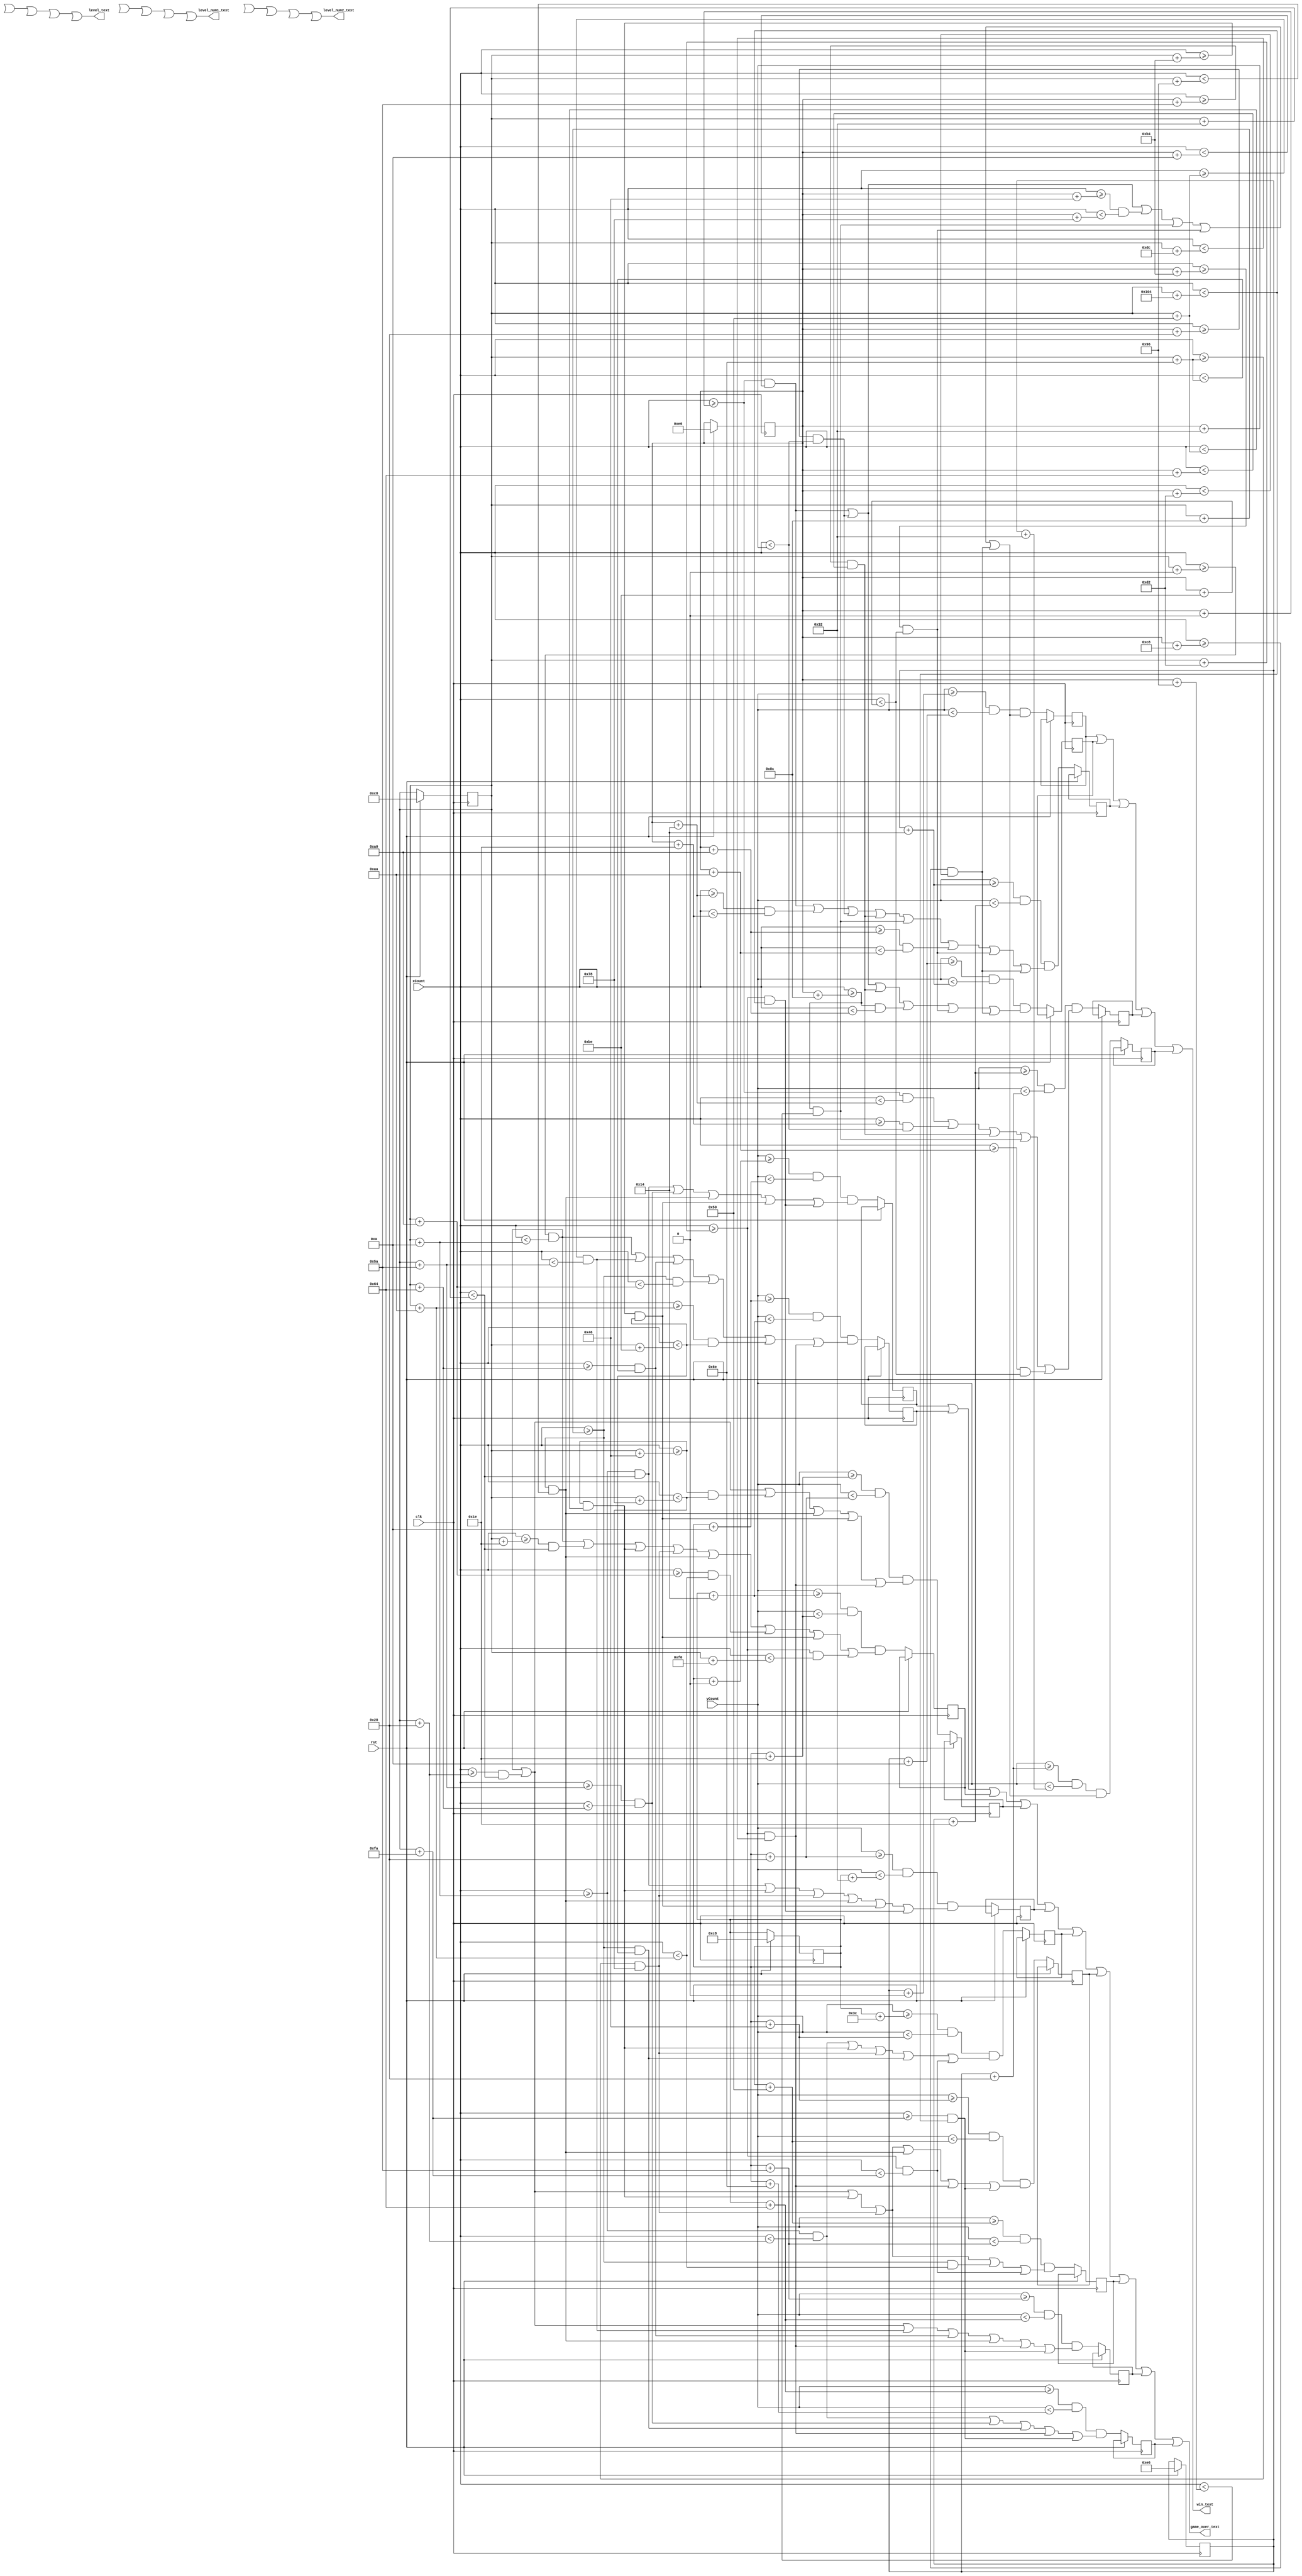
module text(clk,rst,xCount,yCount,game_over_text,                 win_text,level_text,level_num1_text,level_num2_text);
input clk,rst;
input [9:0]xCount;
input [9:0] yCount;

output game_over_text;
output win_text;
output level_text;
output level_num1_text;
output level_num2_text;


////game over text////
//wire game_over_text;
assign game_over_text = (go1 || go2 || go3 || go4 || go5 || go6 || go7 || go8 || go9 || go10);
reg [9:0] game_overX[0:25];
reg [8:0] game_overY[0:25];

//the words "GAME OVER" are displayed with "GAME" above "OVER" and are written with 5 blocks of 10 horizontal pixels (letters are 50 pixels tall) with a 10 pixel gap between the words

//"GAME"
reg go1, go2, go3, go4, go5;

//10 pixel gap

//"OVER"
reg go6, go7, go8, go9, go10;

always@(posedge clk) 
	begin	
			if (rst == 1'b1)
				begin
					game_overX[0] = 10'd200;
					game_overY[0] = 9'd200;
					
				end
			else
				begin
					//"GAME"
					go1 =  ((yCount >= (game_overY[0] + 9'd0))  &&(yCount < (game_overY[0] + 9'd10)))  &&  ( ( (xCount >= (game_overX[0] + 10'd10)) && (xCount < (game_overX[0] + 10'd50)) ) || ( (xCount >= (game_overX[0] + 10'd90)) && (xCount < (game_overX[0] + 10'd100)) ) || ( (xCount >= (game_overX[0] + 10'd140)) && (xCount < (game_overX[0] + 10'd150)) ) || ( (xCount >= (game_overX[0] + 10'd180)) && (xCount < (game_overX[0] + 10'd190)) ) || ( (xCount >= (game_overX[0] + 10'd210)) && (xCount < (game_overX[0] + 10'd260)) )  );
					go2 = ((yCount >= (game_overY[0] + 9'd10)) && (yCount < (game_overY[0] + 9'd20)))  &&  ( ( (xCount >= (game_overX[0] + 10'd0)) && (xCount < (game_overX[0] + 10'd10)) ) || ( (xCount >= (game_overX[0] + 10'd80)) && (xCount < (game_overX[0] + 10'd90)) ) || ( (xCount >= (game_overX[0] + 10'd100)) && (xCount < (game_overX[0] + 10'd110)) ) || ( (xCount >= (game_overX[0] + 10'd140)) && (xCount < (game_overX[0] + 10'd160)) ) || ( (xCount >= (game_overX[0] + 10'd170)) && (xCount < (game_overX[0] + 10'd190)) ) || ( (xCount >= (game_overX[0] + 10'd210)) && (xCount < (game_overX[0] + 10'd220)) ) );
					go3 = ((yCount >= (game_overY[0] + 9'd20)) && (yCount < (game_overY[0] + 9'd30)))  &&  ( ( (xCount >= (game_overX[0] + 10'd0)) && (xCount < (game_overX[0] + 10'd10)) ) || ( (xCount >= (game_overX[0] + 10'd30)) && (xCount < (game_overX[0] + 10'd50)) ) || ( (xCount >= (game_overX[0] + 10'd70)) && (xCount < (game_overX[0] + 10'd80)) ) || ( (xCount >= (game_overX[0] + 10'd110)) && (xCount < (game_overX[0] + 10'd120)) ) || ( (xCount >= (game_overX[0] + 10'd140)) && (xCount < (game_overX[0] + 10'd150)) ) || ( (xCount >= (game_overX[0] + 10'd160)) && (xCount < (game_overX[0] + 10'd170)) ) || ( (xCount >= (game_overX[0] + 10'd180)) && (xCount < (game_overX[0] + 10'd190)) ) || ( (xCount >= (game_overX[0] + 10'd210)) && (xCount < (game_overX[0] + 10'd240)) ) );
					go4 = ((yCount >= (game_overY[0] + 9'd30)) && (yCount < (game_overY[0] + 9'd40)))  &&  ( ( (xCount >= (game_overX[0] + 10'd0)) && (xCount < (game_overX[0] + 10'd10)) ) || ( (xCount >= (game_overX[0] + 10'd40)) && (xCount < (game_overX[0] + 10'd50)) ) || ( (xCount >= (game_overX[0] + 10'd70)) && (xCount < (game_overX[0] + 10'd120)) ) || ( (xCount >= (game_overX[0] + 10'd140)) && (xCount < (game_overX[0] + 10'd150)) ) || ( (xCount >= (game_overX[0] + 10'd180)) && (xCount < (game_overX[0] + 10'd190)) ) || ( (xCount >= (game_overX[0] + 10'd210)) && (xCount < (game_overX[0] + 10'd220)) ) );
					go5 = ((yCount >= (game_overY[0] + 9'd40)) && (yCount < (game_overY[0] + 9'd50)))  &&  ( ( (xCount >= (game_overX[0] + 10'd10)) && (xCount < (game_overX[0] + 10'd50)) ) || ( (xCount >= (game_overX[0] + 10'd70)) && (xCount < (game_overX[0] + 10'd80)) ) || ( (xCount >= (game_overX[0] + 10'd110)) && (xCount < (game_overX[0] + 10'd120)) ) || ( (xCount >= (game_overX[0] + 10'd140)) && (xCount < (game_overX[0] + 10'd150)) ) || ( (xCount >= (game_overX[0] + 10'd180)) && (xCount < (game_overX[0] + 10'd190)) ) || ( (xCount >= (game_overX[0] + 10'd210)) && (xCount < (game_overX[0] + 10'd260)) ) );
					//gap
					//"OVER"
					go6 =  ((yCount >= (game_overY[0] + 9'd60))  && (yCount < (game_overY[0] + 9'd70)))  &&  ( ( (xCount >= (game_overX[0] + 10'd10)) && (xCount < (game_overX[0] + 10'd40)) ) || ( (xCount >= (game_overX[0] + 10'd70)) && (xCount < (game_overX[0] + 10'd80)) ) || ( (xCount >= (game_overX[0] + 10'd110)) && (xCount < (game_overX[0] + 10'd120)) ) || ( (xCount >= (game_overX[0] + 10'd140)) && (xCount < (game_overX[0] + 10'd190)) ) || ( (xCount >= (game_overX[0] + 10'd210)) && (xCount < (game_overX[0] + 10'd250)) ) );
					go7 =  ((yCount >= (game_overY[0] + 9'd70))  && (yCount < (game_overY[0] + 9'd80)))  &&  ( ( (xCount >= (game_overX[0] + 10'd0)) && (xCount < (game_overX[0] + 10'd10)) ) || ( (xCount >= (game_overX[0] + 10'd40)) && (xCount < (game_overX[0] + 10'd50)) ) || ( (xCount >= (game_overX[0] + 10'd70)) && (xCount < (game_overX[0] + 10'd80)) ) || ( (xCount >= (game_overX[0] + 10'd110)) && (xCount < (game_overX[0] + 10'd120)) ) || ( (xCount >= (game_overX[0] + 10'd140)) && (xCount < (game_overX[0] + 10'd150)) ) || ( (xCount >= (game_overX[0] + 10'd210)) && (xCount < (game_overX[0] + 10'd220)) ) || ( (xCount >= (game_overX[0] + 10'd250)) && (xCount < (game_overX[0] + 10'd260)) ) );
					go8 =  ((yCount >= (game_overY[0] + 9'd80))  && (yCount < (game_overY[0] + 9'd90)))  &&  ( ( (xCount >= (game_overX[0] + 10'd0)) && (xCount < (game_overX[0] + 10'd10)) ) || ( (xCount >= (game_overX[0] + 10'd40)) && (xCount < (game_overX[0] + 10'd50)) ) || ( (xCount >= (game_overX[0] + 10'd70)) && (xCount < (game_overX[0] + 10'd80)) ) || ( (xCount >= (game_overX[0] + 10'd110)) && (xCount < (game_overX[0] + 10'd120)) ) || ( (xCount >= (game_overX[0] + 10'd140)) && (xCount < (game_overX[0] + 10'd170)) ) || ( (xCount >= (game_overX[0] + 10'd210)) && (xCount < (game_overX[0] + 10'd250)) ) );
					go9 =  ((yCount >= (game_overY[0] + 9'd90))  && (yCount < (game_overY[0] + 9'd100))) &&  ( ( (xCount >= (game_overX[0] + 10'd0)) && (xCount < (game_overX[0] + 10'd10)) ) || ( (xCount >= (game_overX[0] + 10'd40)) && (xCount < (game_overX[0] + 10'd50)) ) || ( (xCount >= (game_overX[0] + 10'd80)) && (xCount < (game_overX[0] + 10'd90)) ) || ( (xCount >= (game_overX[0] + 10'd100)) && (xCount < (game_overX[0] + 10'd110)) ) || ( (xCount >= (game_overX[0] + 10'd140)) && (xCount < (game_overX[0] + 10'd150)) ) || ( (xCount >= (game_overX[0] + 10'd210)) && (xCount < (game_overX[0] + 10'd220)) ) || ( (xCount >= (game_overX[0] + 10'd250)) && (xCount < (game_overX[0] + 10'd260)) ) );
					go10 = ((yCount >= (game_overY[0] + 9'd100)) && (yCount < (game_overY[0] + 9'd110))) &&  ( ( (xCount >= (game_overX[0] + 10'd10)) && (xCount < (game_overX[0] + 10'd40)) ) || ( (xCount >= (game_overX[0] + 10'd90)) && (xCount < (game_overX[0] + 10'd100)) ) || ( (xCount >= (game_overX[0] + 10'd140)) && (xCount < (game_overX[0] + 10'd190)) ) || ( (xCount >= (game_overX[0] + 10'd210)) && (xCount < (game_overX[0] + 10'd220)) ) || ( (xCount >= (game_overX[0] + 10'd250)) && (xCount < (game_overX[0] + 10'd260)) ) );
				end 
	end
//
////

////win text////
wire win_text;
assign win_text = (win1 || win2 || win3 || win4 || win5);
reg [9:0] wt_X[0:25];
reg [8:0] wt_Y[0:25];

// the text "WIN!" is written in the same style as the game over text
reg win1, win2, win3, win4, win5;

always @(posedge clk)
	begin
		if (rst == 1'b1)
			begin
				wt_X[0] = 10'd230;
				wt_Y[0] = 9'd230;
			end
		else
			begin
			//"WIN!"
			win1 = ((yCount >= (wt_Y[0] + 9'd0))  && (yCount < (wt_Y[0] + 9'd10)))  && ( ( (xCount >= (wt_X[0] + 10'd0)) && (xCount < (wt_X[0] + 10'd10)) ) || ( (xCount >= (wt_X[0] + 10'd40)) && (xCount < (wt_X[0] + 10'd50)) ) || ( (xCount >= (wt_X[0] + 10'd70)) && (xCount < (wt_X[0] + 10'd120)) ) || ( (xCount >= (wt_X[0] + 10'd140)) && (xCount < (wt_X[0] + 10'd150)) ) || ((xCount >= (wt_X[0] + 10'd180)) && (xCount < (wt_X[0] + 10'd190)) ) || ( (xCount >= (wt_X[0] + 10'd200)) && (xCount < (wt_X[0] + 10'd210)) ) );
			win2 = ((yCount >= (wt_Y[0] + 9'd10)) && (yCount < (wt_Y[0] + 9'd20)))  && ( ( (xCount >= (wt_X[0] + 10'd0)) && (xCount < (wt_X[0] + 10'd10)) ) || ( (xCount >= (wt_X[0] + 10'd40)) && (xCount < (wt_X[0] + 10'd50)) ) || ( (xCount >= (wt_X[0] + 10'd90)) && (xCount < (wt_X[0] + 10'd100)) ) || ( (xCount >= (wt_X[0] + 10'd140)) && (xCount < (wt_X[0] + 10'd160)) ) || ((xCount >= (wt_X[0] + 10'd180)) && (xCount < (wt_X[0] + 10'd190)) ) || ( (xCount >= (wt_X[0] + 10'd200)) && (xCount < (wt_X[0] + 10'd210)) ) );
			win3 = ((yCount >= (wt_Y[0] + 9'd20)) && (yCount < (wt_Y[0] + 9'd30)))  && ( ( (xCount >= (wt_X[0] + 10'd0)) && (xCount < (wt_X[0] + 10'd10)) ) || ( (xCount >= (wt_X[0] + 10'd20)) && (xCount < (wt_X[0] + 10'd30)) ) || ( (xCount >= (wt_X[0] + 10'd40)) && (xCount < (wt_X[0] + 10'd50)) ) || ( (xCount >= (wt_X[0] + 10'd90)) && (xCount < (wt_X[0] + 10'd100)) ) || ( (xCount >= (wt_X[0] + 10'd140)) && (xCount < (wt_X[0] + 10'd150)) ) || ((xCount >= (wt_X[0] + 10'd160)) && (xCount < (wt_X[0] + 10'd170)) ) || ( (xCount >= (wt_X[0] + 10'd180)) && (xCount < (wt_X[0] + 10'd190)) ) || ( (xCount >= (wt_X[0] + 10'd200)) && (xCount < (wt_X[0] + 10'd210)) ) );
			win4 = ((yCount >= (wt_Y[0] + 9'd30)) && (yCount < (wt_Y[0] + 9'd40)))  && ( ( (xCount >= (wt_X[0] + 10'd0)) && (xCount < (wt_X[0] + 10'd20)) ) || ( (xCount >= (wt_X[0] + 10'd30)) && (xCount < (wt_X[0] + 10'd50)) ) || ( (xCount >= (wt_X[0] + 10'd90)) && (xCount < (wt_X[0] + 10'd100)) ) || ( (xCount >= (wt_X[0] + 10'd140)) && (xCount < (wt_X[0] + 10'd150)) ) || ((xCount >= (wt_X[0] + 10'd170)) && (xCount < (wt_X[0] + 10'd190)) ) );
			win5 = ((yCount >= (wt_Y[0] + 9'd40)) && (yCount < (wt_Y[0] + 9'd50)))  && ( ( (xCount >= (wt_X[0] + 10'd0)) && (xCount < (wt_X[0] + 10'd10)) ) || ( (xCount >= (wt_X[0] + 10'd40)) && (xCount < (wt_X[0] + 10'd50)) ) || ( (xCount >= (wt_X[0] + 10'd70)) && (xCount < (wt_X[0] + 10'd120)) ) || ( (xCount >= (wt_X[0] + 10'd140)) && (xCount < (wt_X[0] + 10'd150)) ) || ((xCount >= (wt_X[0] + 10'd180)) && (xCount < (wt_X[0] + 10'd190)) ) || ( (xCount >= (wt_X[0] + 10'd200)) && (xCount < (wt_X[0] + 10'd210)) ) );
			end
	end
//
////

////level and level number text////
//the text "LEVEL 1" and "LEVEL 2" is written in the same font as the win and game over text, but is scaled down from blocks that are 10 pixels each to blocks that are 2 pixels each
wire level_text;
wire level_num1_text;
wire level_num2_text;
reg [9:0] level_X[0:25];
reg [8:0] level_Y[0:25];

assign level_text = (lvl1 || lvl2 || lvl3 || lvl4 || lvl5);
assign level_num1_text = (lvone1 || lvone2 || lvone3 || lvone4 || lvone5);
assign level_num2_text = (lvtwo1 || lvtwo2 || lvtwo3 || lvtwo4 || lvtwo5);

reg lvl1, lvl2, lvl3, lvl4, lvl5;
reg lvone1, lvone2, lvone3, lvone4, lvone5;
reg lvtwo1, lvtwo2, lvtwo3, lvtwo4, lvtwo5;


endmodule